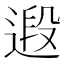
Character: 𮷤